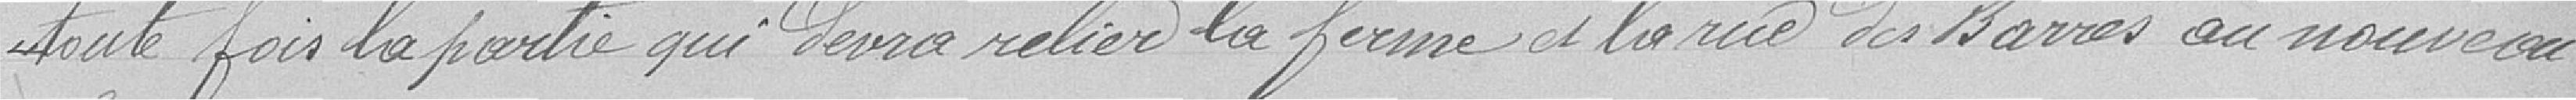
toute fois la partie qui devra relier la ferme et la rue des Barres au nouveau